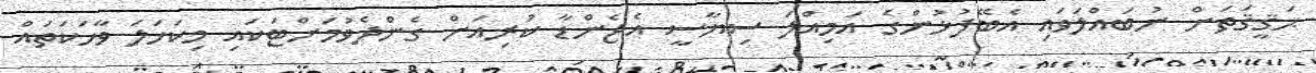
ޙަޤީޤަތަށް ނުބައްލަވައި އެބޭފުޅުންގެ އަމިއްލަ ސިޔާސީ އެޖެންޑާ ކުރިއަށް ގެންދެވުމަށްޓަކައި މިކަހަލަ ވާހަކަތައް